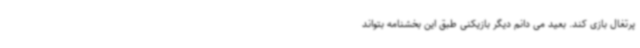
پرتغال بازی کند. بعید می دانم دیگر بازیکنی طبق این بخشنامه بتواند